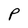
Character: P